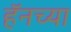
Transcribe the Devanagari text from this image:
हॅनच्या